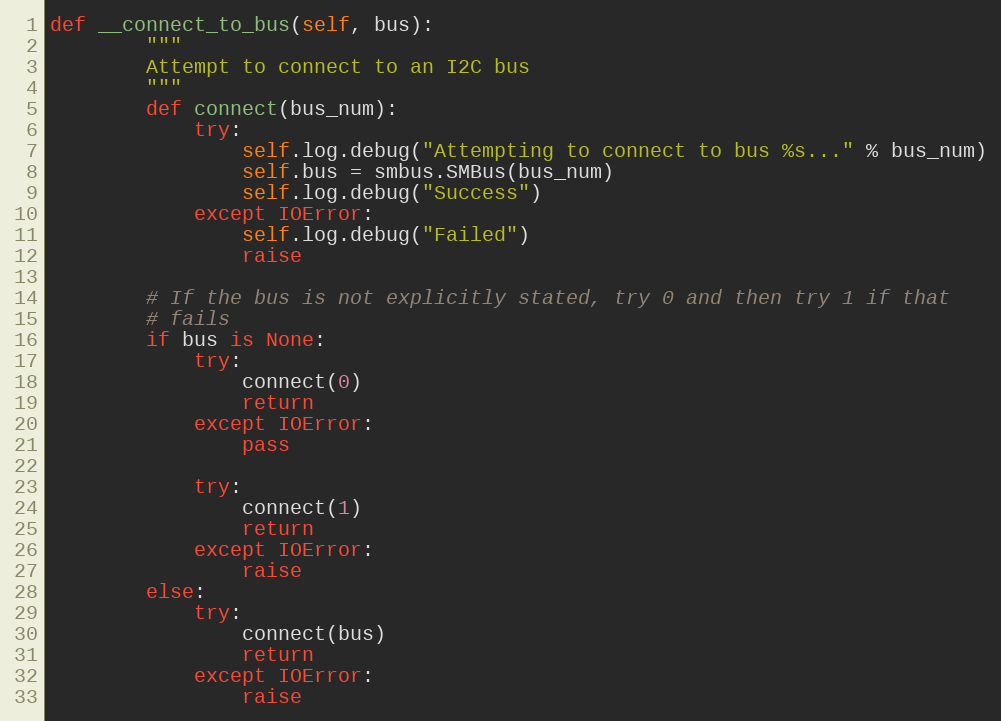
Language: Python
def __connect_to_bus(self, bus):
        """
        Attempt to connect to an I2C bus
        """
        def connect(bus_num):
            try:
                self.log.debug("Attempting to connect to bus %s..." % bus_num)
                self.bus = smbus.SMBus(bus_num)
                self.log.debug("Success")
            except IOError:
                self.log.debug("Failed")
                raise

        # If the bus is not explicitly stated, try 0 and then try 1 if that
        # fails
        if bus is None:
            try:
                connect(0)
                return
            except IOError:
                pass

            try:
                connect(1)
                return
            except IOError:
                raise
        else:
            try:
                connect(bus)
                return
            except IOError:
                raise